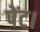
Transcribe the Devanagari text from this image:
पेंट।